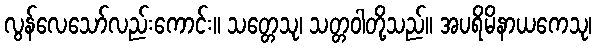
လွန်လေသော်လည်းကောင်း။ သတ္တေသု၊ သတ္တဝါတို့သည်။ အပရိမိနာယကေသု၊